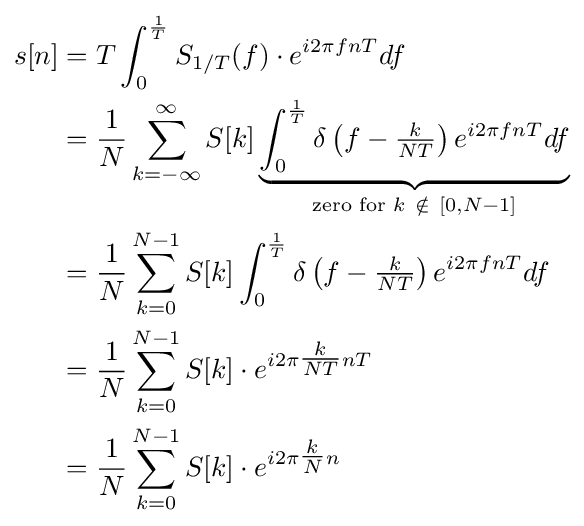
{\begin{aligned}s[n]&=T\int _{0}^{\frac {1}{T}}S_{1/T}(f)\cdot e^{i2\pi fnT}df\\&={\frac {1}{N}}\sum _{k=-\infty }^{\infty }S[k]\underbrace {\int _{0}^{\frac {1}{T}}\delta \left(f-{\tfrac {k}{NT}}\right)e^{i2\pi fnT}df} _{{\text{zero for }}k\ \notin \ [0,N-1]}\\&={\frac {1}{N}}\sum _{k=0}^{N-1}S[k]\int _{0}^{\frac {1}{T}}\delta \left(f-{\tfrac {k}{NT}}\right)e^{i2\pi fnT}df\\&={\frac {1}{N}}\sum _{k=0}^{N-1}S[k]\cdot e^{i2\pi {\tfrac {k}{NT}}nT}\\&={\frac {1}{N}}\sum _{k=0}^{N-1}S[k]\cdot e^{i2\pi {\tfrac {k}{N}}n}\end{aligned}}